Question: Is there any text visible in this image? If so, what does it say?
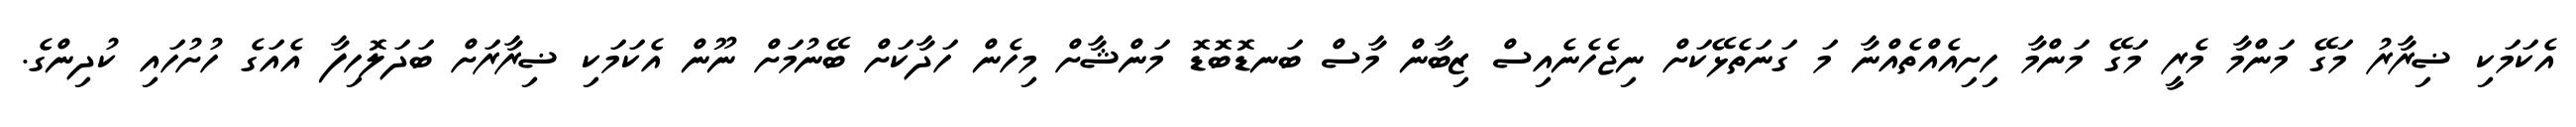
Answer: އެކަމަކި ޟިރާރު މަގޭ މަންމާ މެރީ މަގޭ މަންމާ ހިށިއެއްތެއްނާ މަ ގަނަތެޅޭކަށް ނިޖެހެނެއިސް ޒިބާން މާސް ބަނޑޮބޮޑޮ މަންޝާށް މިހެން ހަދާކަށް ބޭނުމަށް ނޫން އެކަމަކި ޟިރާރަށް ބަދަލޮހިފާ އެއަގެ ހުށުހައި ކުދިންގެ.